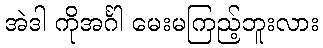
အဲဒါ ကိုအင်္ဂါ မေးမကြည့်ဘူးလား